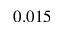
0 . 0 1 5